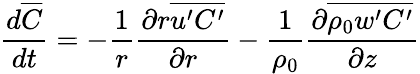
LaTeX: \frac{d\overline{{C}}}{dt}=-\frac{1}{r}\frac{\partial r\overline{{u^{\prime}C^{\prime}}}}{\partial r}-\frac{1}{\rho_{0}}\frac{\partial\overline{{\rho_{0}w^{\prime}C^{\prime}}}}{\partial z}